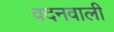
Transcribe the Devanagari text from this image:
वदनवाली